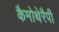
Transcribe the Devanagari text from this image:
कैमोथेरैपी